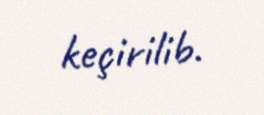
keçirilib.